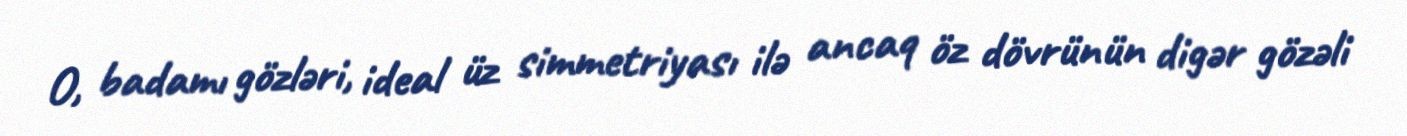
O, badamı gözləri, ideal üz simmetriyası ilə ancaq öz dövrünün digər gözəli